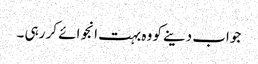
جواب دینے کو وہ بہت انجوائے کر رہی ۔